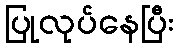
ပြုလုပ်နေပြီး